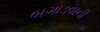
બગાડવાની